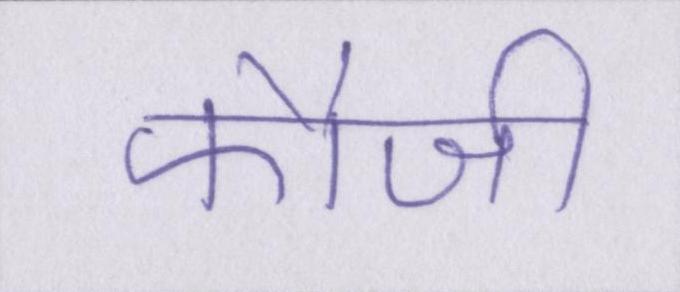
फौजी